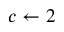
c \gets 2